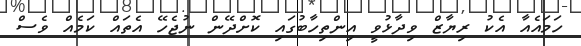
ހަމައެއާ އެކު ރިޔާޒް ވިދާޅުވީ އިންތިހާބުގައި ކޮށްދޭން ނުޖެހޭ އެތައް ކަމެއް ވެސް